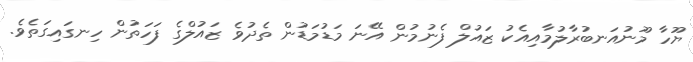
ޔޫހާ މޫނުއަނބުރާލުމާއިއެކު ޒައުލް ފެނުމުން އޭނަ މަޑުމަޑުން ތެދުވެ ޒައުލްގެ ފަހަތުން ހިނގައިގަތެވެ.